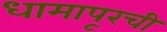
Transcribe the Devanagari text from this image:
धामापूरची